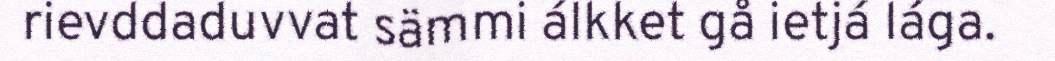
rievddaduvvat sämmi álkket gå ietjá lága.